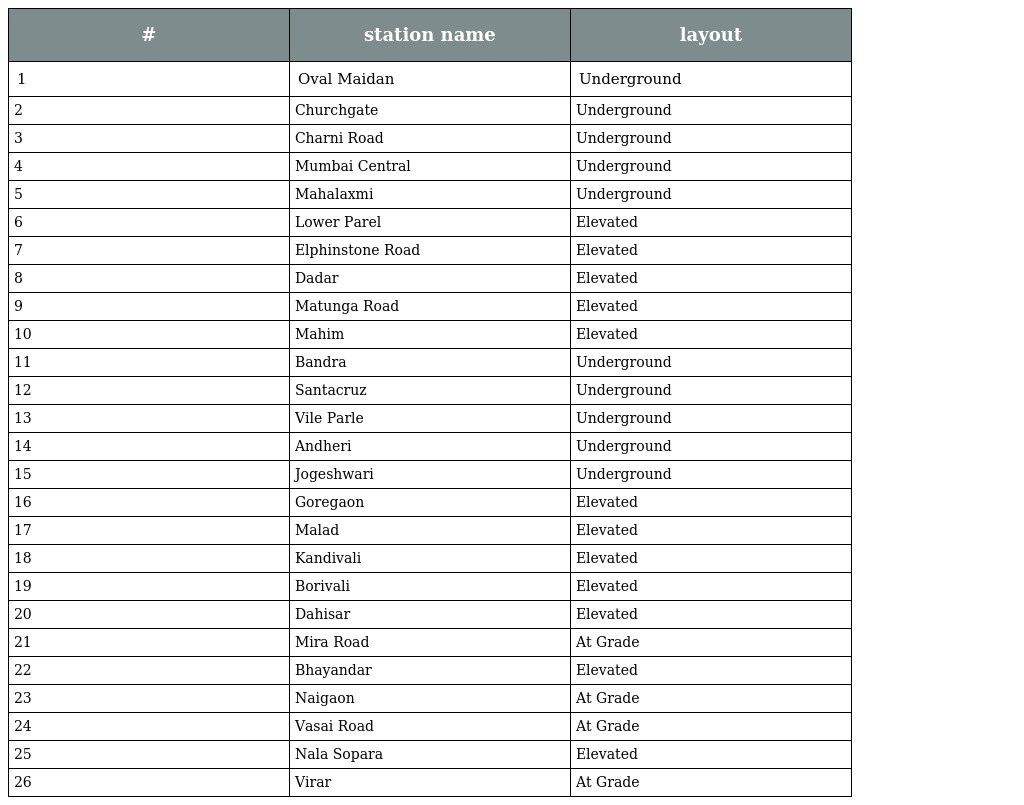
| # | station name | layout |
 | --- | --- | --- |
 | 1 | Oval Maidan | Underground |
 | 2 | Churchgate | Underground |
 | 3 | Charni Road | Underground |
 | 4 | Mumbai Central | Underground |
 | 5 | Mahalaxmi | Underground |
 | 6 | Lower Parel | Elevated |
 | 7 | Elphinstone Road | Elevated |
 | 8 | Dadar | Elevated |
 | 9 | Matunga Road | Elevated |
 | 10 | Mahim | Elevated |
 | 11 | Bandra | Underground |
 | 12 | Santacruz | Underground |
 | 13 | Vile Parle | Underground |
 | 14 | Andheri | Underground |
 | 15 | Jogeshwari | Underground |
 | 16 | Goregaon | Elevated |
 | 17 | Malad | Elevated |
 | 18 | Kandivali | Elevated |
 | 19 | Borivali | Elevated |
 | 20 | Dahisar | Elevated |
 | 21 | Mira Road | At Grade |
 | 22 | Bhayandar | Elevated |
 | 23 | Naigaon | At Grade |
 | 24 | Vasai Road | At Grade |
 | 25 | Nala Sopara | Elevated |
 | 26 | Virar | At Grade |